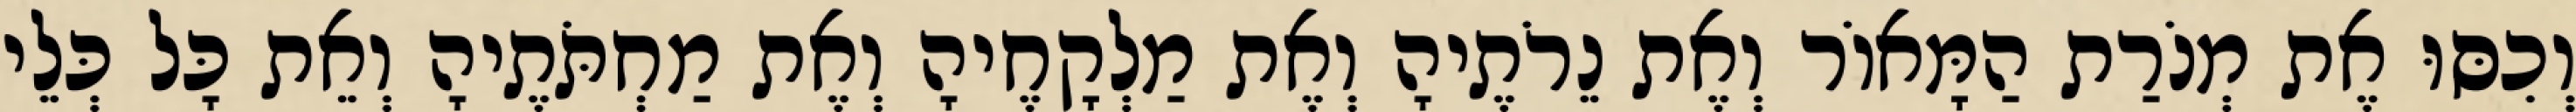
וְכִסּוּ אֶת מְנֹרַת הַמָּאוֹר וְאֶת נֵרֹתֶיהָ וְאֶת מַלְקָחֶיהָ וְאֶת מַחְתֹּתֶיהָ וְאֵת כָּל כְּלֵי